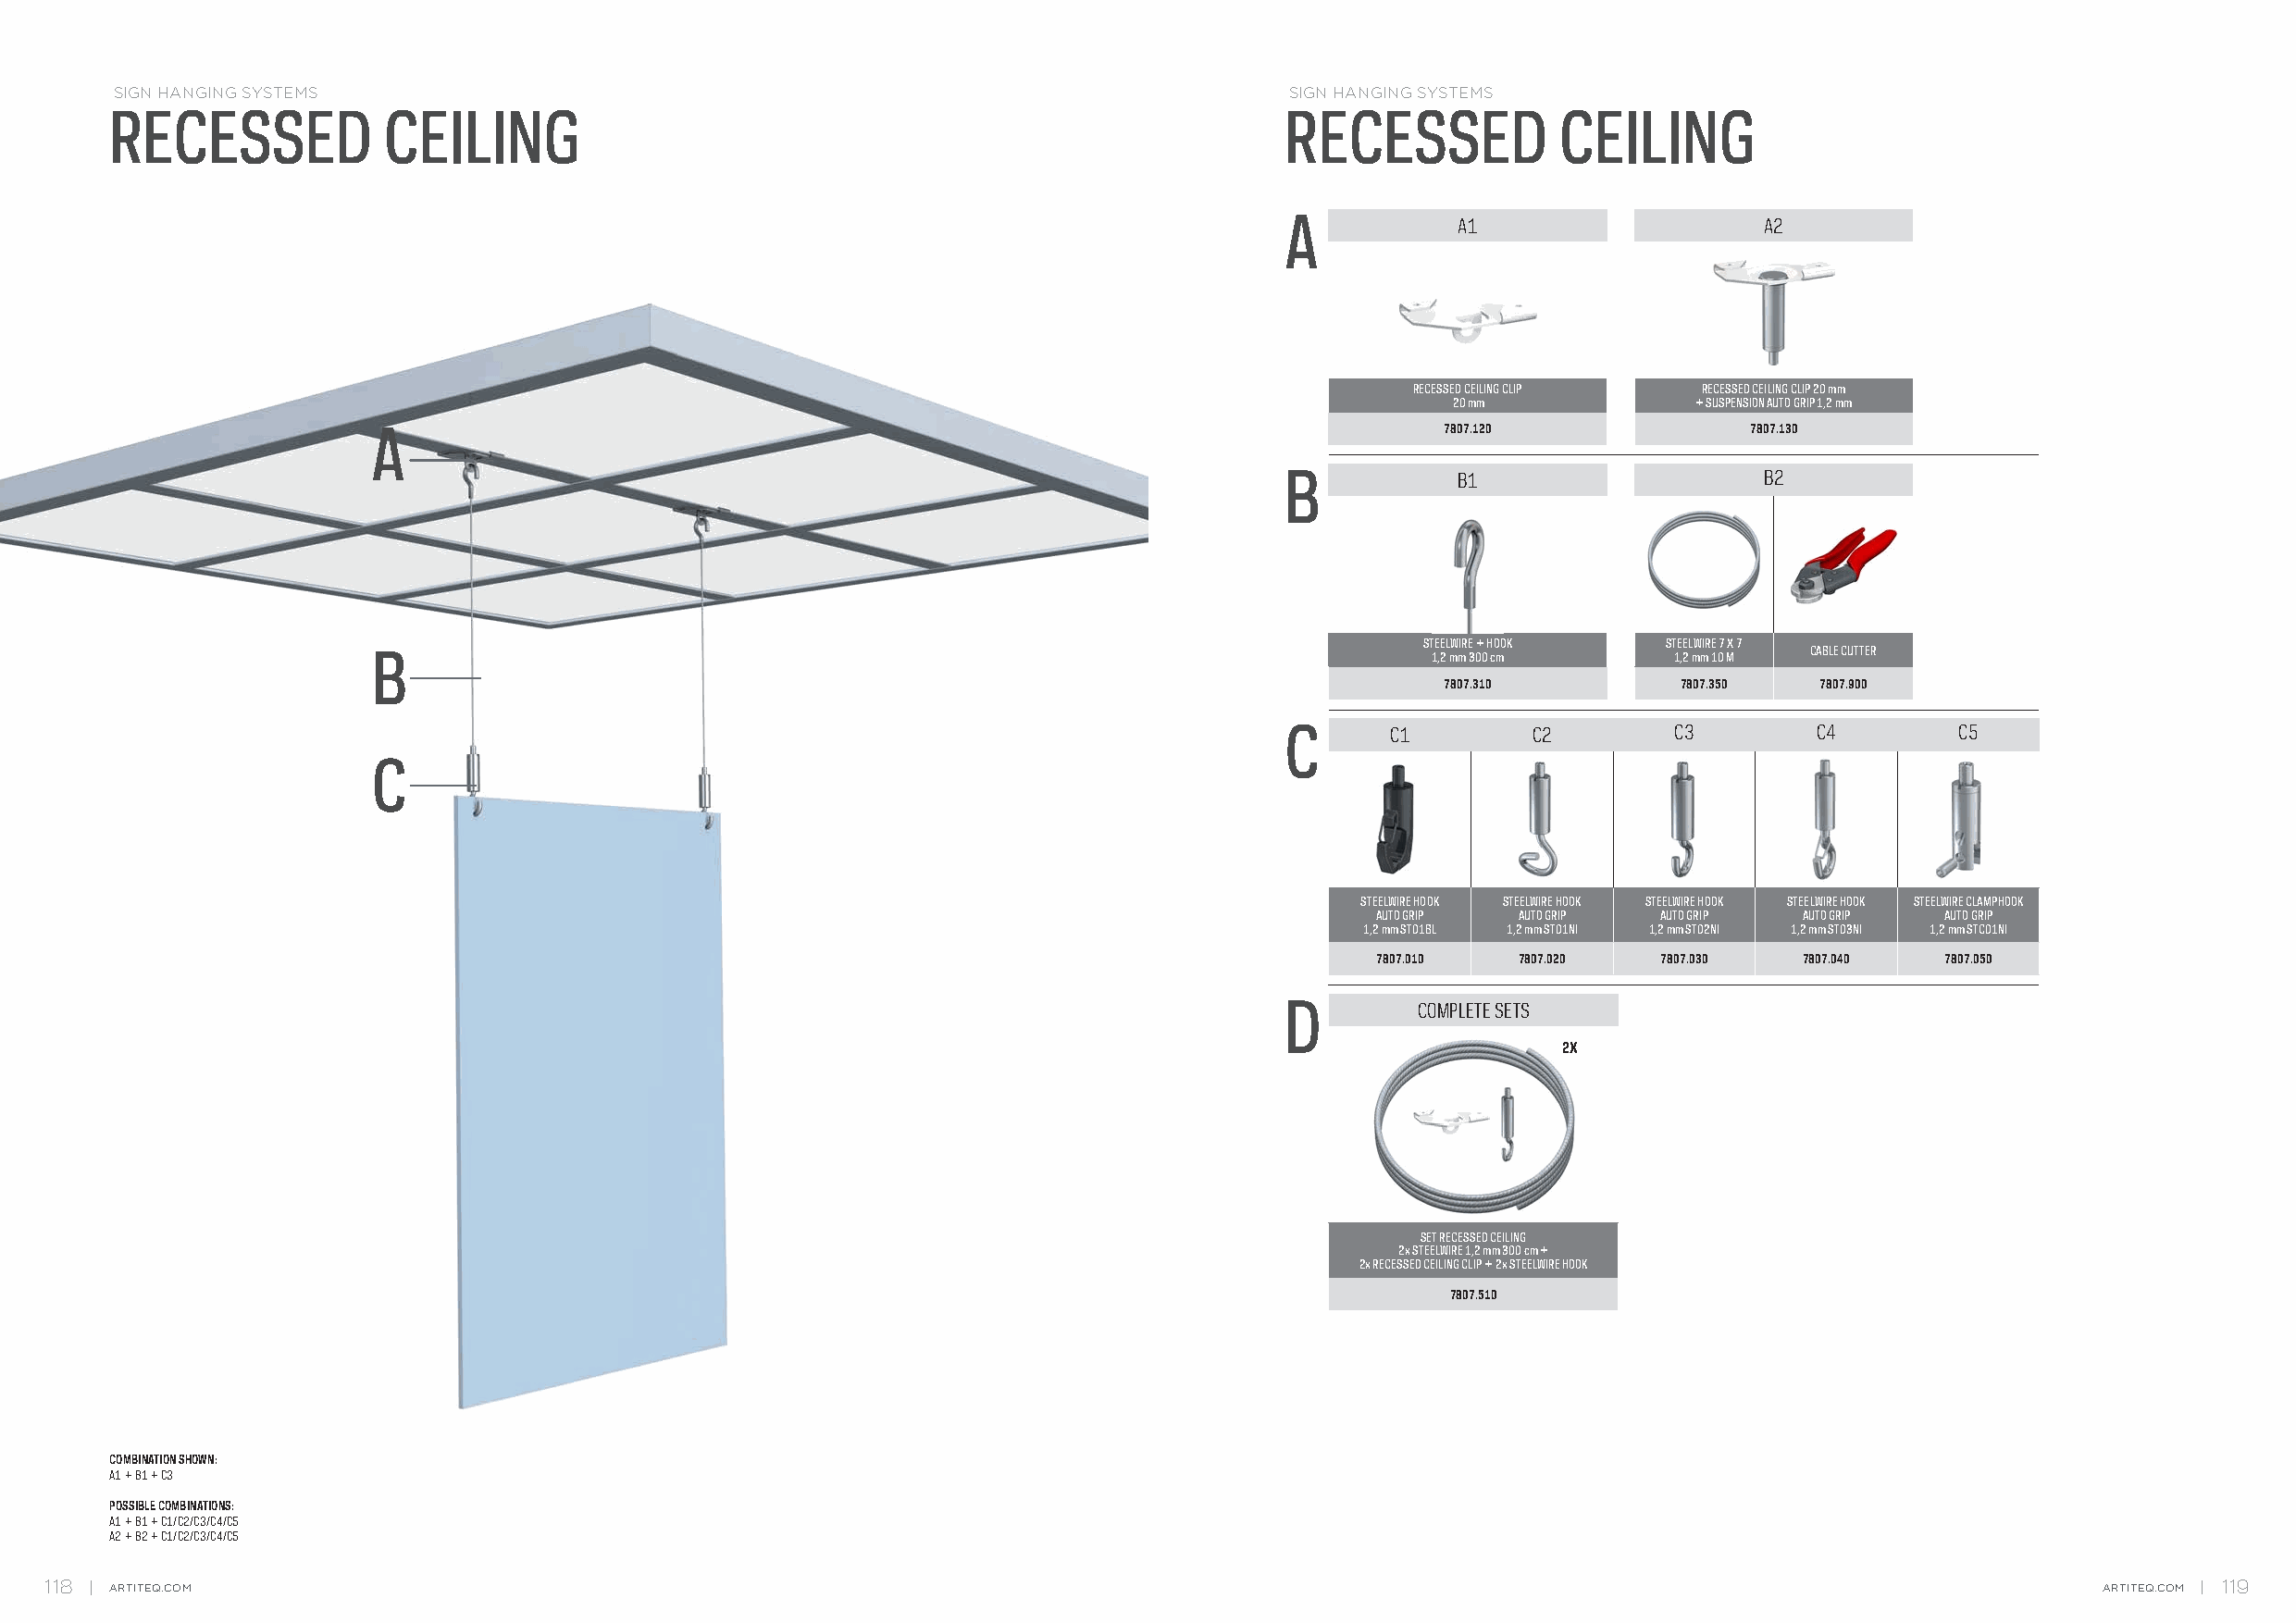
SIGN HANGING SYSTEMS                                                                SIGN HANGING SYSTEMS
 RECESSED           CEILING                                                          RECESSED            CEILING
 A           A1                    A2
 RECESSED CEILING CLIP RECESSED CEILING CLIP 20 mm
 20 mm            + SUSPENSION AUTO GRIP 1,2 mm
 A                                                                           7807.120              7807.130
 B           B1                    B2
 STEELWIRE + HOOK STEELWIRE 7 X 7
 CABLE CUTTER
 B                                                                          1,2 mm 300 cm     1,2 mm 10 M
 7807.310         7807.350  7807.900
 C      C1         C2        C3        C4        C5
 C
 STEELWIRE HOOK STEELWIRE HOOK STEELWIRE HOOK STEELWIRE HOOK STEELWIRE CLAMPHOOK
 AUTO GRIP  AUTO GRIP AUTO GRIP AUTO GRIP AUTO GRIP
 1,2 mm ST01BL 1,2 mm ST01NI 1,2 mm ST02NI 1,2 mm ST03NI 1,2 mm STC01NI
 7807.010   7807.020  7807.030  7807.040  7807.050
 D        COMPLETE SETS
 2X
 SET RECESSED CEILING
 2x STEELWIRE 1,2 mm 300 cm +
 2x RECESSED CEILING CLIP + 2x STEELWIRE HOOK
 7807.510
 COMBINATION SHOWN:
 A1 + B1 + C3
 POSSIBLE COMBINATIONS:
 A1 + B1 + C1/C2/C3/C4/C5
 A2 + B2 + C1/C2/C3/C4/C5
 118  ARTITEQ.COM                                                                                                                                   ARTITEQ.COM 119